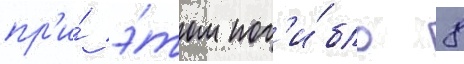
пр'и́ э́том пог'и́бло 8